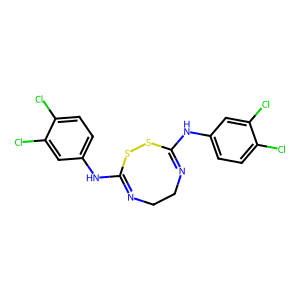
SMILES: Clc1ccc(NC2=NCCN=C(Nc3ccc(Cl)c(Cl)c3)SS2)cc1Cl
Inhibits HIV replication: No